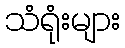
သံရုံးများ